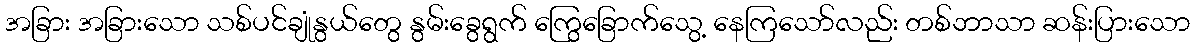
အခြား အခြားသော သစ်ပင်ချုံနွယ်တွေ နွမ်းခွေရွက် ကြွေခြောက်သွေ့ နေကြသော်လည်း တစ်ဘာသာ ဆန်းပြားသော